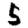
Digit: 5